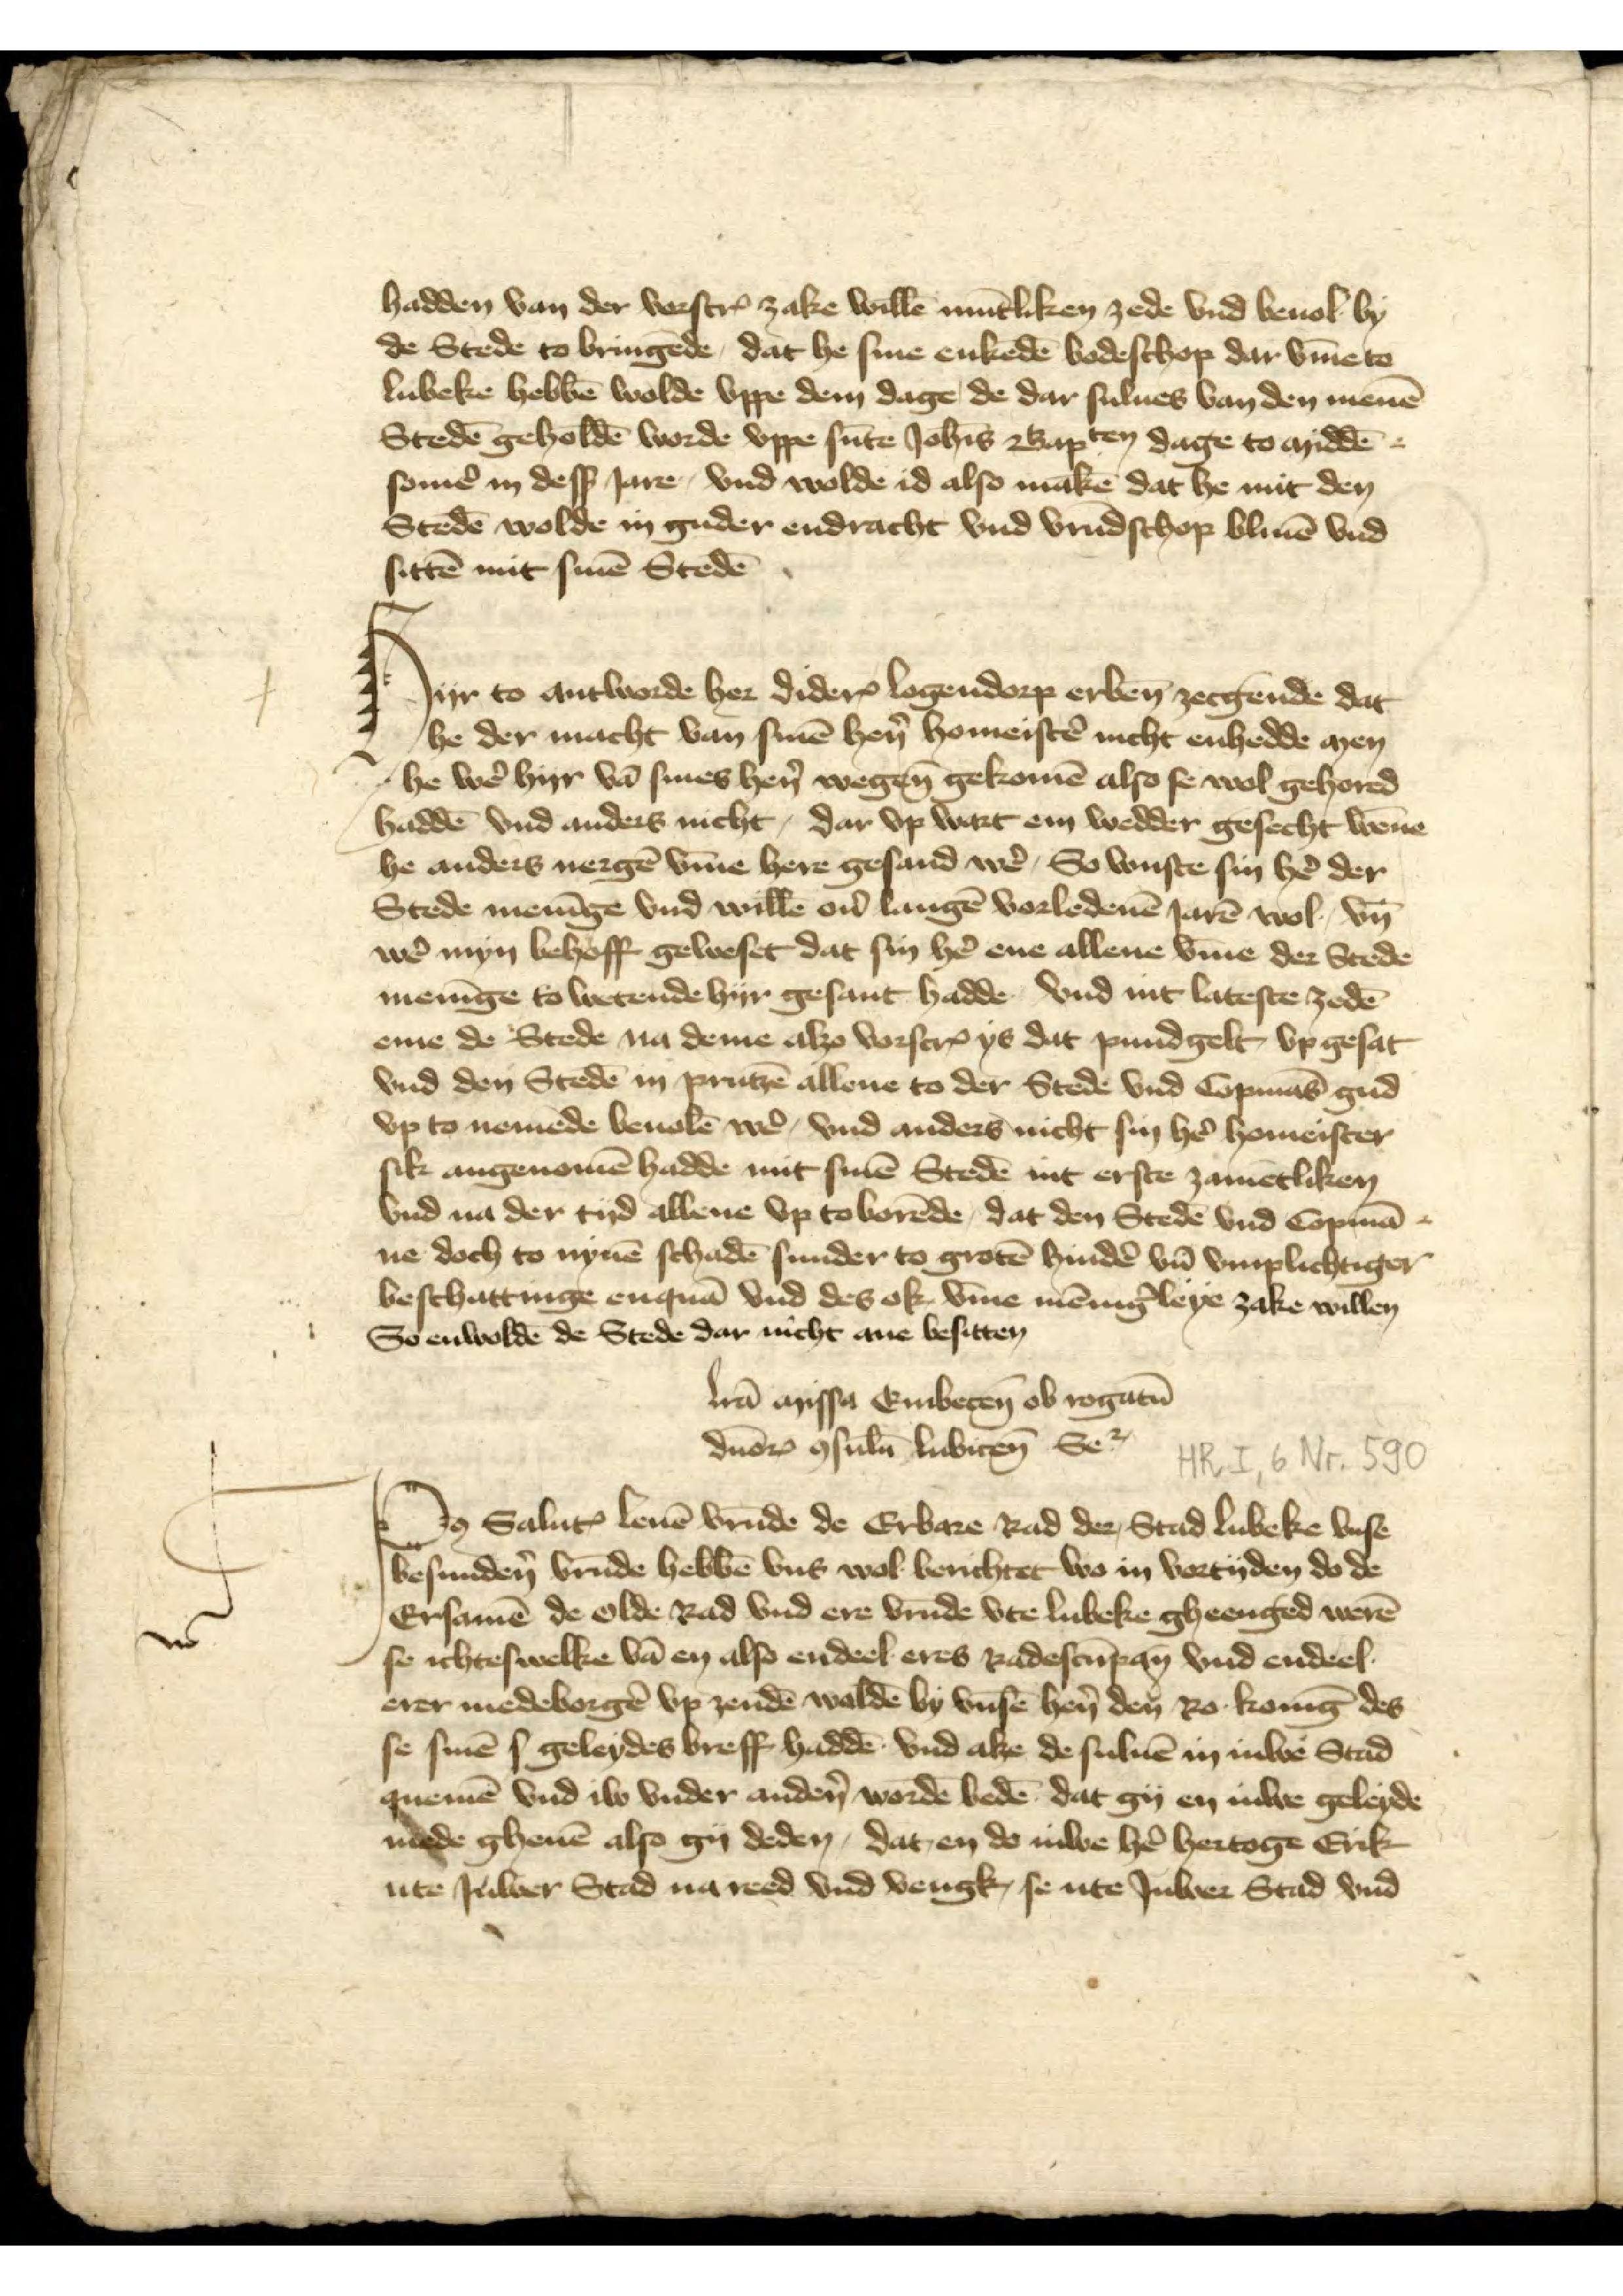
hadden van der vorscrꝬ zake willē mūtliken zede vnd bevul by
de Stede to bringēde, dat he sine enkēde bodeschop dar v̄me to
Lubeke hebbē wolde vppe dem dage, de dar sulues van den menē
Stedē geholdē worde vppe sūte Joh̄is Bapten dage to middē¬
somẻ in desß Jare vnd wolde id also makē dat he mit den
Stedē wolde in guder endracht vnd vrūdschop bliuen vnd
sittē mit sinē Stedē

Hyr to antworde her DiderꝬ Logendorp erben̄ zecgende dat
he der macht van sinē hẻn homeistẻ nicht enhedde men
he wẻ hyr vā sines hẻn wegen gekomē also se wol gehored
haddē vnd anders nicht, dar vp wart em wedder gesecht wēne
he anders nergē v̄me here gesand wẻ, So wuste sin hẻ der
Stede menīge vnd willē oủ langē vorledenē Jaren wol vn̄
wẻ myn behoff geweset dat sin hẻ ene allene v̄me der Stede
menīge to wetende hyr gesant hadde vnd int lateste zedē
eme de Stede na deme alzo vorscȓ ys dat pundgelt vp gesat 
vnd den Stedē in Prutzē allene to der Stede vnd Copmās gud
vp to nemede beuolē wẻ, vnd anders nicht sin hẻ homeister
sik angenomē hadde mit sinē Stedē int erste zamētliken
vnd na der tyd allene vp to borēde, dat den Stedē vnd Copmā¬
ne doch to nynē schadē sunder to grotē hindẻ vn̄ vnplichtiger
beschattinge enquā vnd des ok v̄me mēning̉leye zake willen
so enwolde de Stede dar nicht ane besitten

Vā missa Embecen ob rogatū
duōrꝬ o̧sulū lubicen Se2
Po̧ Saluꝷ leuē vrūde de Erbare Rad der Stadt Lubeke vnse
besundẻn vrūde hebbē vns wol berichtet wo in vortyden do de
Ersamē de olde Rad vnd ere vrūde vte Lubeke gheenged werē
se ichteswelke vā en also endeel eres Radescūpan vnd endeel
erer medeborgẻ vp zendē woldē by vnsē hẻn den Ro Konīg des
se sinē s geleydes breff haddē vnd alze de suluē in Juwe Stad
quemē vnd iw vnder andẻn wordē bedē dat gy en Juwe geleyde
mede gheuē also gy deden, dat en do Juwe hẻ hertoge Erik
ute Juwer Stad na reed vnd vengk, se ute Juwer Stad vnd

nr